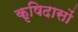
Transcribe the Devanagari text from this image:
कृषिदासों